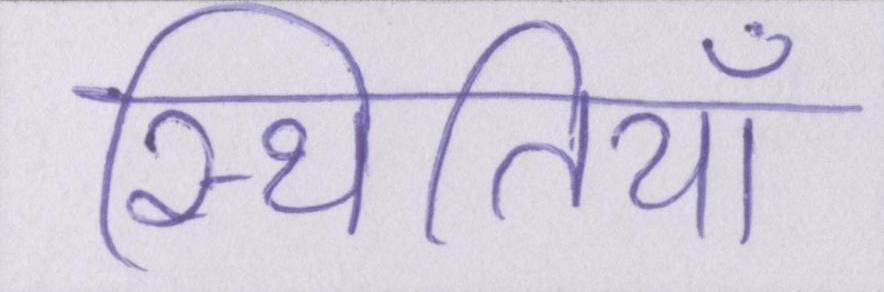
स्थितियाँ